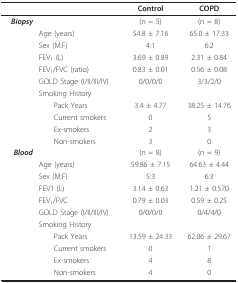
|  |  | Control | COPD |
 | --- | --- | --- | --- |
 | Biopsy |  | (n = 5) | (n = 8) |
 |  | Age (years) | 54.8 ± 7.16 | 65.0 ± 17.33 |
 |  | Sex (M:F) | 4:1 | 6:2 |
 |  | FEV1 (L) | 3.69 ± 0.89 | 2.31 ± 0.84 |
 |  | FEV1/FVC (ratio) | 0.83 ± 0.01 | 0.56 ± 0.08 |
 |  | GOLD Stage (I/II/III/IV) | 0/0/0/0 | 3/3/2/0 |
 |  | Smoking History |  |  |
 |  | Pack Years | 3.4 ± 4.77 | 38.25 ± 14.76 |
 |  | Current smokers | 0 | 5 |
 |  | Ex-smokers | 2 | 3 |
 |  | Non-smokers | 3 | 0 |
 | Blood |  | (n = 8) | (n = 9) |
 |  | Age (years) | 59.86 ± 7.15 | 64.63 ± 4.44 |
 |  | Sex (M:F) | 5:3 | 6:3 |
 |  | FEV1 (L) | 3.14 ± 0.63 | 1.21 ± 0.570 |
 |  | FEV1/FVC | 0.79 ± 0.03 | 0.59 ± 0.25 |
 |  | GOLD Stage (I/II/III/IV) | 0/0/0/0 | 0/4/4/0 |
 |  | Smoking History |  |  |
 |  | Pack Years | 13.59 ± 24.33 | 62.06 ± 29.67 |
 |  | Current smokers | 0 | 1 |
 |  | Ex-smokers | 4 | 8 |
 |  | Non-smokers | 4 | 0 |